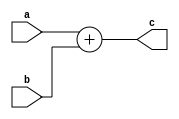
`timescale 1ns / 1ps
//////////////////////////////////////////////////////////////////////////////////
// Company: 
// 
// Design Name: 
// Module Name:    adder
// Project Name: 
// Target Devices: 
// Tool versions: 
// Description: 
//
// Dependencies: 
//
// Revision: 
// Revision 0.01 - File Created
// Additional Comments: 
//     adder
//////////////////////////////////////////////////////////////////////////////////
module adder(
    a,
    b,
    c
);
    input wire[31:0] a;
    input wire[31:0] b;
    output wire[31:0] c;
    assign c = a + b;
endmodule